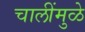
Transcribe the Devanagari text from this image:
चालींमुळे